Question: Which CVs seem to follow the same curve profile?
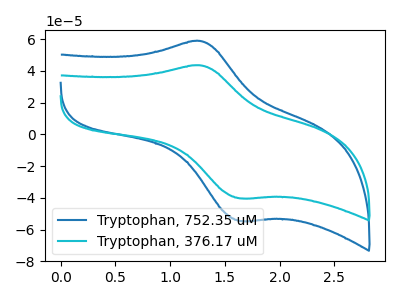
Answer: <think>The blue curve "Tryptophan, 752.35 uM" has an anodic peak at (1.30V, 58.80uA) and a cathodic peak at (1.65V, -54.60uA). The cyan curve "Tryptophan, 376.17 uM" has an anodic peak at (1.30V, 43.45uA) and a cathodic peak at (1.65V, -40.35uA).
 All the peaks in "Tryptophan, 752.35 uM" have a peak in "Tryptophan, 376.17 uM" at the same potential. Every peak in "Tryptophan, 752.35 uM" is higher than every peak in "Tryptophan, 376.17 uM".</think>
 <answer>"Tryptophan, 376.17 uM" and "Tryptophan, 752.35 uM" have the same shape and are likely CV's of the same chemical.</answer>
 <eval>"Tryptophan, 376.17 uM" "Tryptophan, 752.35 uM"</eval>